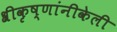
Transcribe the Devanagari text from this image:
श्रीकृष्णांनीकेली